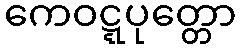
ကေဝဋ္ဋပုတ္တော